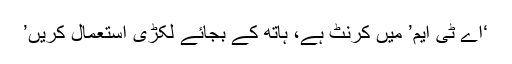
‘اے ٹی ایم’ میں کرنٹ ہے، ہاتھ کے بجائے لکڑی استعمال کریں’